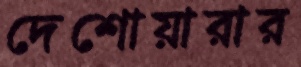
দেশোয়ারার